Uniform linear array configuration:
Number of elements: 32
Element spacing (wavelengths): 0.5
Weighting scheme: hann
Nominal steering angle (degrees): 45
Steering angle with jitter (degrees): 45.615
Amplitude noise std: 0.05
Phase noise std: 0.05

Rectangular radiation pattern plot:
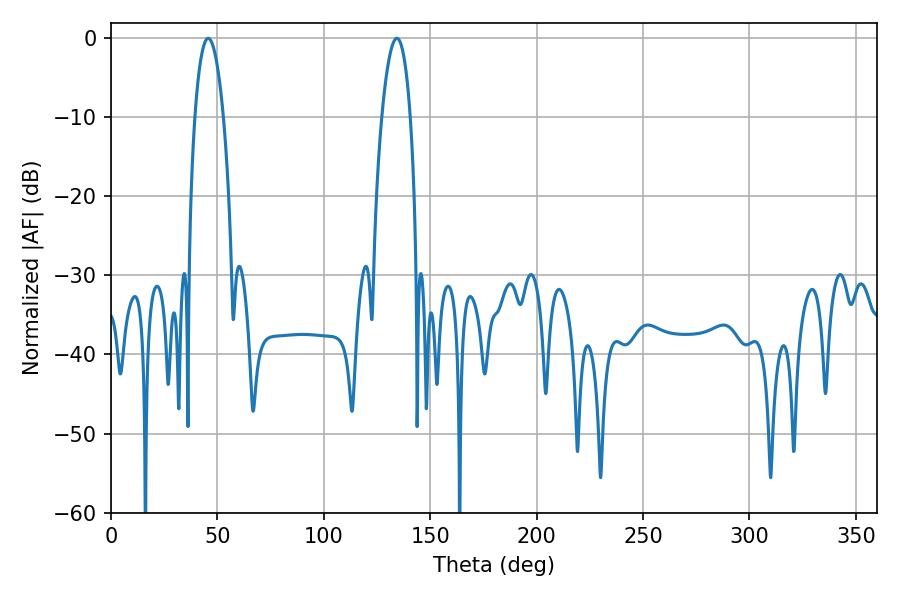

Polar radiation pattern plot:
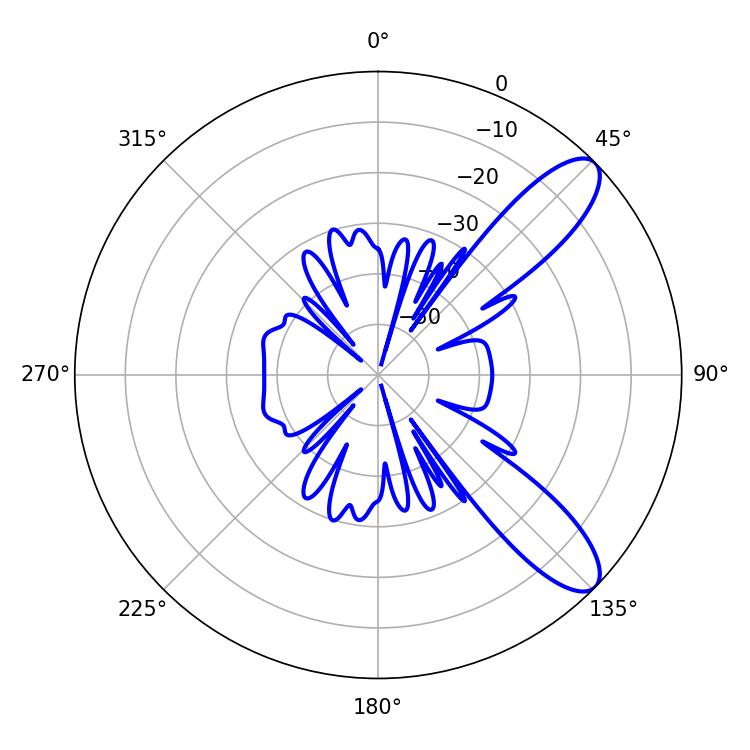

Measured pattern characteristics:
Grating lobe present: FALSE
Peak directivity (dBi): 10.008
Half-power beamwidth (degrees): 7.38
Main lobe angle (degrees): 45.72